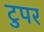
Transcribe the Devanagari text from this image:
टुपर